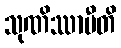
သုဏိဿာမီတိ